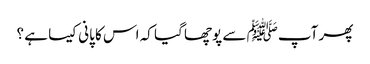
پھر آپﷺ سے پوچھا گیا کہ اس کا پانی کیسا ہے ؟